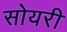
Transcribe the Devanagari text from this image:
सोयरी